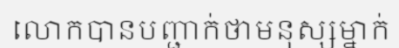
លោកបានបញ្ជាក់ថាមនុស្សម្នាក់